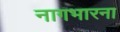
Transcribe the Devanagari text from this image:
नागभारना